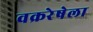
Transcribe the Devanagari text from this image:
वक्ररेषेला